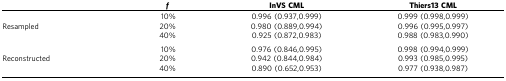
<table><thead><tr><td><b> </b></td><td><b><i>f</i></b></td><td><b>InVS CML</b></td><td><b>Thiers13 CML</b></td></tr></thead><tbody><tr><td> </td><td>10%</td><td>0.996 (0.937,0.999)</td><td>0.999 (0.998,0.999)</td></tr><tr><td>Resampled</td><td>20%</td><td>0.980 (0.889,0.994)</td><td>0.996 (0.995,0.997)</td></tr><tr><td> </td><td>40%</td><td>0.925 (0.872,0.983)</td><td>0.988 (0.983,0.990)</td></tr><tr><td> </td><td>10%</td><td>0.976 (0.846,0.995)</td><td>0.998 (0.994,0.999)</td></tr><tr><td>Reconstructed</td><td>20%</td><td>0.942 (0.844,0.984)</td><td>0.993 (0.985,0.995)</td></tr><tr><td> </td><td>40%</td><td>0.890 (0.652,0.953)</td><td>0.977 (0.938,0.987)</td></tr></tbody></table>